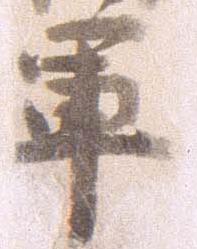
軍